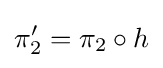
\pi _{2}'=\pi _{2}\circ h